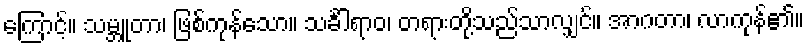
ကြောင့်။ သမ္ဘူတာ၊ ဖြစ်ကုန်သော။ သင်္ခါရာဝ၊ တရားတို့သည်သာလျှင်။ အာဂတာ၊ လာကုန်၏။